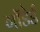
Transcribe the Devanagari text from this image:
गाॅडेर्ड